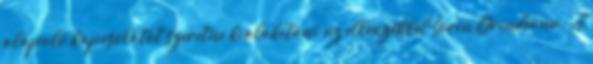
alapuló kapcsolatot szeretne kialakítani az ellenzékkel Sorin Grindeanu. A